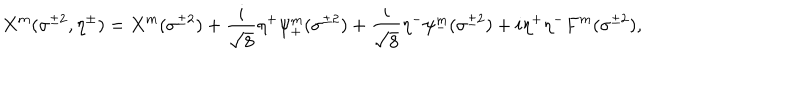
X ^ { m } ( \sigma ^ { \pm 2 } , \eta ^ { \pm } ) = X ^ { m } ( \sigma ^ { \pm 2 } ) + \frac { i } { \sqrt { 8 } } \eta ^ { + } \psi _ { + } ^ { m } ( \sigma ^ { \pm 2 } ) + \frac { i } { \sqrt { 8 } } \eta ^ { - } \psi _ { - } ^ { m } ( \sigma ^ { \pm 2 } ) + i \eta ^ { + } \eta ^ { - } F ^ { m } ( \sigma ^ { \pm 2 } ) ,